Annual report of lunatic asylums [Bombay] - 1912-1922
Year: 1912
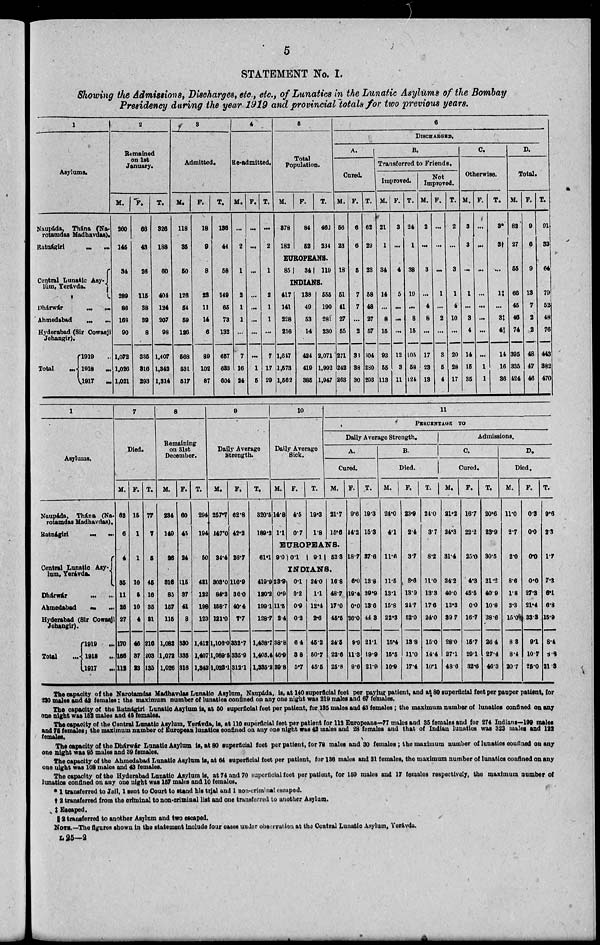
5
STATEMENT No. I.
Showing the Admissions, Discharges, etc., etc., of Lunatics in the Lunatic Asylums of the Bombay
Presidency during the year 1919 and provincial totals for two previous years.
1
Asylums.
Naupáda, Thána (Na-
rotamdas Madhavdas).
Ratnágiri ... ...
Central Lunatic Asy-
lúm, Yerávda.
Dhárwár ... ...
Ahmedabad ... ...
Hyderabad (Sir Cowasji
Jehangir).
Total
...
1919 ...
1918
...
1917 ...
2
Remained
on 1st
January.
M.
260
145
34
289
86
168
90
1,072
1,026
1,021
F.
66
43
26
115
38
39
8
335
316
293
T.
326
188
60
404
124
207
98
1,407
1,342
1,314
3
Admitted.
M.
118
35
50
126
54
59
126
568
531
517
F.
18
9
8
23
11
14
6
89
102
87
T.
136
44
58
149
65
73
132
657
633
604
4
Re-admitted.
M.
...
2
1
2
1
1
...
7
16
24
F.
...
...
...
...
...
...
...
...
1
5
T.
...
2
1
2
1
1
...
7
17
29
5
Total
Population.
M.
378
182
F.
84
52
T.
462
234
EUROPEANS.
85
34
119
INDIANS.
417
141
228
216
1,647
1,573
1,562
138
40
53
14
424
419
385
555
190
281
230
2,071
1,992
1,947
6
DISCHARGED.
A.
Cured.
M.
56
23
18
51
41
27
55
271
242
263
F.
6
6
5
7
7
...
2
33
38
30
T.
62
29
23
58
48
27
57
304
280
293
B.
Transferred to Friends.
Improved.
M.
21
1
34
14
...
8
15
93
55
113
F.
3
...
4
5
...
...
...
12
3
11
T.
24
1
38
19
...
8
15
105
58
124
Not
Improved.
M.
2
...
3
...
4
8
...
17
23
13
F.
...
...
...
1
...
2
...
3
5
4
T.
2
...
3
1
4
10
...
20
28
17
C.
Otherwise.
M.
3
3
...
1
...
3
4
14
15
35
F.
...
...
...
...
...
...
...
...
1
1
T.
3*
3†
...
1‡
...
3‡
4||
14
16
36
D.
Total.
M.
82
27
55
66
45
46
74
395
335
424
F.
9
6
9
13
7
2
2
48
47
46
T.
91
33
64
79
52
48
76
443
382
470
1
Asylums.
Naupáda, Thána (Na-
rotamdas Madhavdas).
Ratnágiri ... ...
Central Lunatic Asy-
lum, Yerávda.
Dhárwár ... ...
Ahmedabad ... ...
Hyderabad (Sir Cowasji
Jehangir).
Total
...
1919 ...
1918
...
1917 ...
7
Died.
M.
62
6
4
35
11
25
27
170
166
112
F.
15
1
1
10
5
10
4
46
37
23
T.
77
7
5
45
16
35
31
216
203
135
8
Remaining
on 31st
December.
M.
234
149
26
316
85
157
115
1,082
1,072
1,026
F.
60
45
24
115
37
41
8
330
335
316
T.
294
194
50
431
122
198
123
1,412
1,407
1,342
9
Daily Average
Strength.
M.
257.7
147.0
34.4
303.0
84.2
158.7
121.0
1,106.0
1,069.5
1,023.1
F.
62.8
42.2
26.7
116.9
36.0
40.4
7.7
332.7
335.9
312.1
T.
320.5
189.2
61.1
419.9
120.2
199.1
128.7
1,438.7
1,405.4
1,335.2
10
Daily Average
Sick.
M.
14.8
1.1
F.
4.5
0.7
T.
19.3
1.8
11
PERCENTAGE TO
Daily Average Strength.
A.
Cured.
M.
21.7
15.6
EUROPEANS.
9.0 0.1
9.1 52.3
INDIANS.
23.9
0.9
11.5
2.4
38.8
46.9
39.8
0.1
0.2
0.9
0.2
6.4
3.8
5.7
24.0
1.1
12.4
2.6
45.2
50.7
45.5
16.8
48.7
17.0
45.5
24.5
22.6
25.8
F.
9.6
14.2
18.7
6.0
19.4
0.0
26.0
9.9
11.3
9.6
T.
19.3
15.3
37.6
13.8
39.9
13.6
44.3
21.1
19.9
21.9
B.
Died.
M.
24.0
4.1
11.6
11.5
13.1
15.8
22.3
15.4
15.5
10.9
F.
23.9
2.4
3.7
8.6
13.9
24.7
52.0
13.8
11.0
17.4
T.
24.0
3.7
8.2
11.0
13.3
17.6
24.0
15.0
14.4
10.1
Admissions.
C.
Cured.
M.
21.2
24.3
31.4
24.2
40.0
13.3
39.7
28.0
27.1
48.6
F.
16.7
22.2
25.0
4.3
45.5
0.0
16.7
15.7
29.1
32.6
T.
20.6
23.9
30.5
21.2
40.9
10.8
38.6
26.4
27.4
46.3
D.
Died.
M.
11.0
2.7
2.0
8.6
1.8
3.3
15.0
8.3
8.4
20.7
F.
0.3
0.0
0.0
0.0
27.3
21.4
33.3
9.1
10.7
25.0
T.
9.6
2.3
1.7
7.3
6.1
6.8
15.9
8.4
8.8
21.3
The capacity of the Narotamdas Madhavdas Lunatic Asylum, Naupáda, is, at 140 superficial feet per paying patient, and at 80 superficial feet per pauper patient, for
230 males and 42 females ; the maximum number of lunatics confined on any one night was 219 males and 67 females.
The capacity of the Ratnágiri Lunatic Asylum is, at 50 superficial feet per patient, for 135 males and 43 females ; the maximum number of lunatics confined on any
one night was 152 males and 45 females.
The capacity of the Central Lunatic Asylum, Yerávda, is, at 110 superficial feet per patient for 112 Europeans—77 males and 35 females and for 274 Indians—199 males
and 75 females ; the maximum number of European lunatics confined on any one night was 42 males and 28 females and that of Indian lunatics was 323 males and 122
females.
The capacity of the Dhárwár Lunatic Asylum is, at 80 superficial feet per patient, for 78 males and 30 females ; the maximum number of lunatics confined on any
one night was 95 males and 39 females.
The capacity of the Ahmedabad Lunatic Asylum is, at 64 superficial feet per patient, for 136 males and 31 females, the maximum number of lunatics confined on any
one night was 168 males and 43 females.
The capacity of the Hyderabad Lunatic Asylum is, at 74 and 70 superficial feet per patient, for 159 males and 17 females respectively, the maximum number of
lunatics confined on any one night was 157 males and 10 females.
* 1 transferred to Jail, 1 sent to Court to stand his trial and 1 non-criminal escaped.
† 2 transferred from the criminal to non-criminal list and one transferred to another Asylum.
‡ Escaped.
|| 2 transferred to another Asylum and two escaped.
NOTE.—The figures shown in the statement include four cases under observation at the Central Lunatic Asylum, Yerávda.
L 25—2